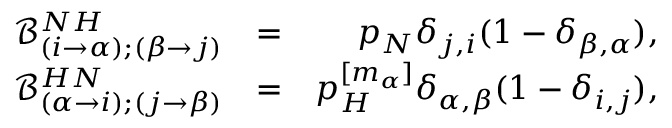
\begin{array} { r l r } { \mathcal { B } _ { ( i \to \alpha ) ; ( \beta \to j ) } ^ { N H } } & { = } & { p _ { N } \delta _ { j , i } ( 1 - \delta _ { \beta , \alpha } ) , } \\ { \mathcal { B } _ { ( \alpha \to i ) ; ( j \to \beta ) } ^ { H N } } & { = } & { p _ { H } ^ { [ m _ { \alpha } ] } \delta _ { \alpha , \beta } ( 1 - \delta _ { i , j } ) , } \end{array}